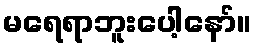
မရေရာဘူးပေါ့နော်။